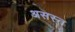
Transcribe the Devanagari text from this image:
असस्त